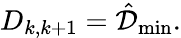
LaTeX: D_{k,k+1}=\hat{\mathcal{D}}_{\operatorname*{min}}.